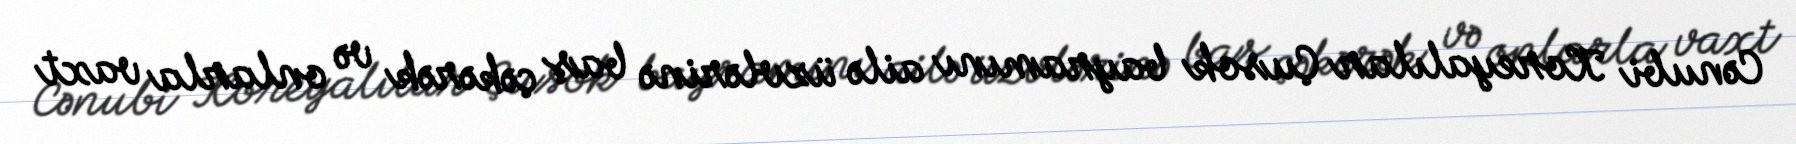
Cənubi Koreyalılar Çusok bayramını ailə üzvlərinə baş çəkərək və onlarla vaxt